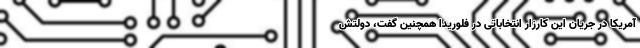
آمریکا در جریان این کارزار انتخاباتی در فلوریدا همچنین گفت، دولتش